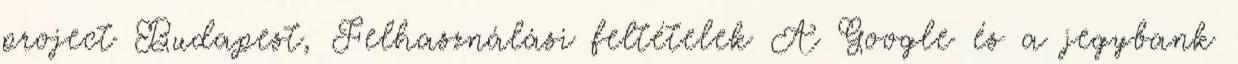
project Budapest, Felhasználási feltételek A Google és a jegybank